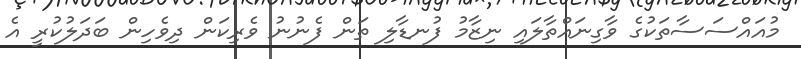
މުއައްސަސާތަކުގެ ވާގިނައްތާލައި ނިޒާމު ފުނޑާލި ތަން ފެނުނު ވެރިކަން ދިވެހިން ބަދަލުކުރީ އެ